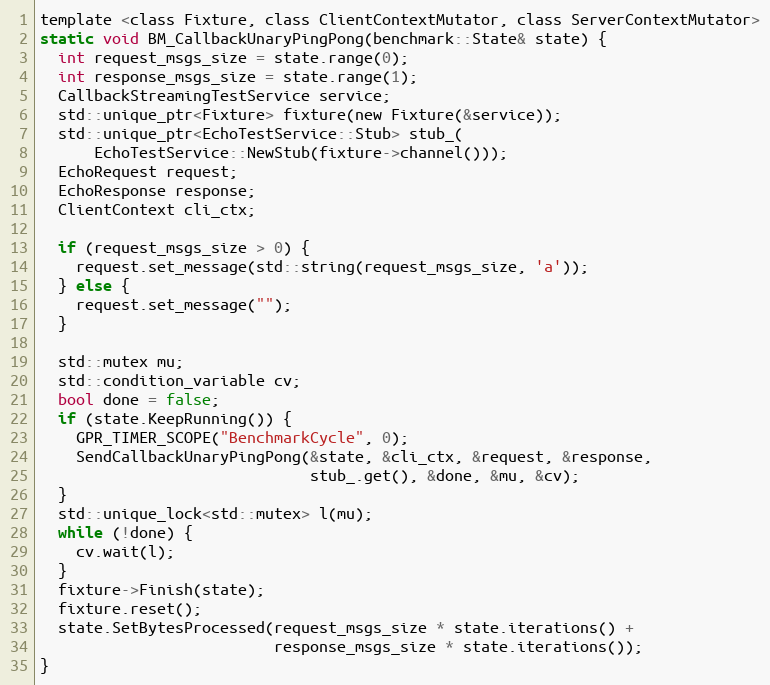
Language: C
template <class Fixture, class ClientContextMutator, class ServerContextMutator>
static void BM_CallbackUnaryPingPong(benchmark::State& state) {
  int request_msgs_size = state.range(0);
  int response_msgs_size = state.range(1);
  CallbackStreamingTestService service;
  std::unique_ptr<Fixture> fixture(new Fixture(&service));
  std::unique_ptr<EchoTestService::Stub> stub_(
      EchoTestService::NewStub(fixture->channel()));
  EchoRequest request;
  EchoResponse response;
  ClientContext cli_ctx;

  if (request_msgs_size > 0) {
    request.set_message(std::string(request_msgs_size, 'a'));
  } else {
    request.set_message("");
  }

  std::mutex mu;
  std::condition_variable cv;
  bool done = false;
  if (state.KeepRunning()) {
    GPR_TIMER_SCOPE("BenchmarkCycle", 0);
    SendCallbackUnaryPingPong(&state, &cli_ctx, &request, &response,
                              stub_.get(), &done, &mu, &cv);
  }
  std::unique_lock<std::mutex> l(mu);
  while (!done) {
    cv.wait(l);
  }
  fixture->Finish(state);
  fixture.reset();
  state.SetBytesProcessed(request_msgs_size * state.iterations() +
                          response_msgs_size * state.iterations());
}